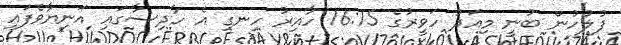
ފުލުހުން ބުނީ މިއަދު ހަވީރުގެ 16:15 ހާއިރު ހިނގި އެ ހާދިސާގައި އަނިޔާވެފައި